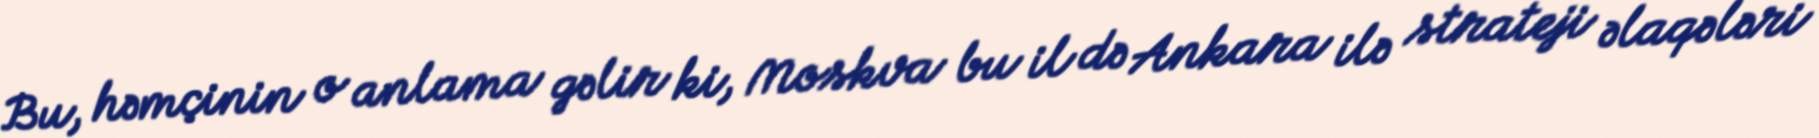
Bu, həmçinin o anlama gəlir ki, Moskva bu il də Ankara ilə strateji əlaqələri